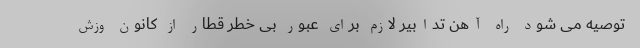
توصیه می شود راه آهن تدابیر لازم برای عبور بی خطر قطار از کانون وزش